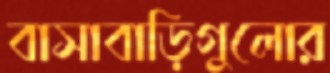
বাসাবাড়িগুলোর